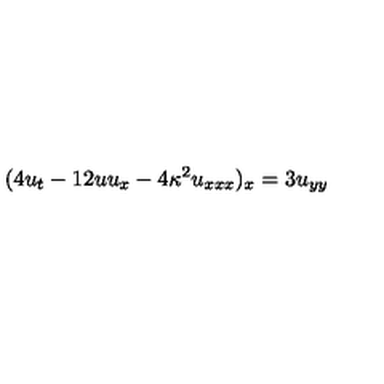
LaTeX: ( 4 u _ { t } - 1 2 u u _ { x } - 4 \kappa ^ { 2 } u _ { x x x } ) _ { x } = 3 u _ { y y }